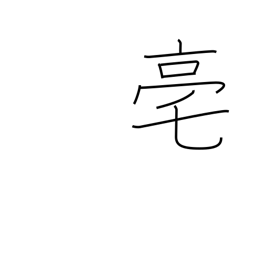
Meaning: an ancient Chinese capital